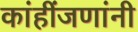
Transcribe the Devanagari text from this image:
कांहींजणांनी